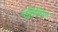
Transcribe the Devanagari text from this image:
उपनिहित